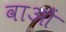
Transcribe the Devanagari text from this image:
वाओं